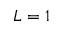
L = 1